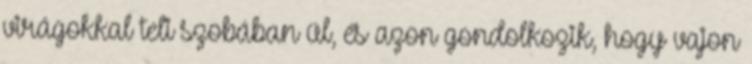
virágokkal teli szobában ül, és azon gondolkozik, hogy vajon